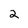
Character: 2